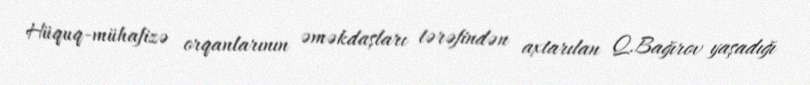
Hüquq-mühafizə orqanlarının əməkdaşları tərəfindən axtarılan Q.Bağırov yaşadığı